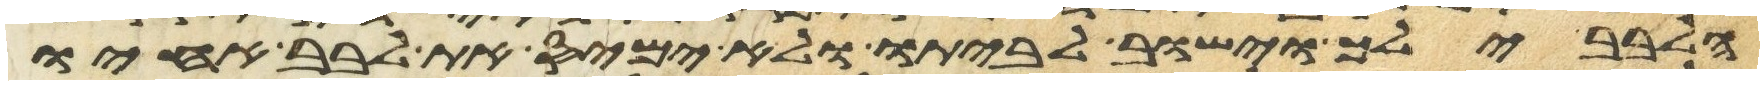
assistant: הלבב ילך וישוב לביתו ולא ימיס את לבב אחיו